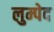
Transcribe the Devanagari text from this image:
लुम्पेद